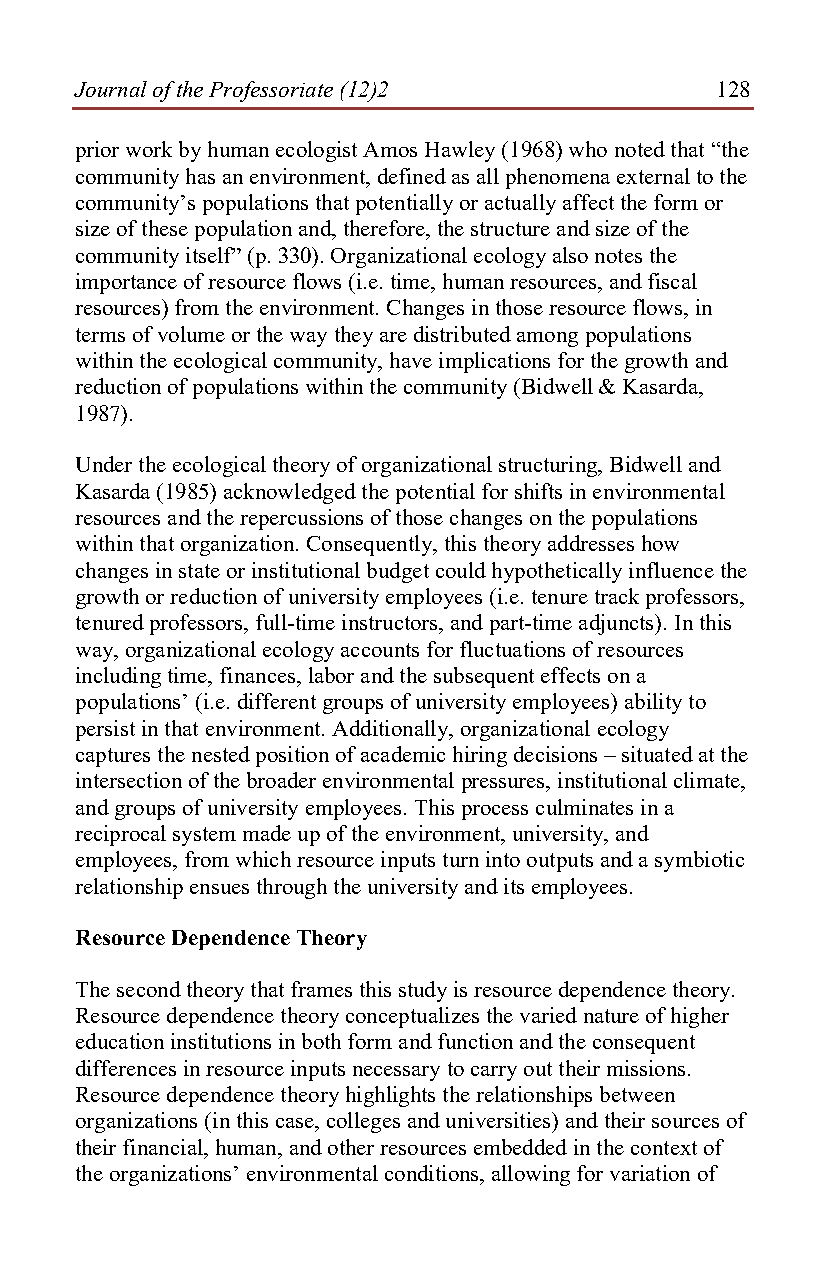
Journal of the Professoriate (12)2        128
 prior work by human ecologist Amos Hawley (1968) who noted that “the
 community has an environment, defined as all phenomena external to the
 community’s populations that potentially or actually affect the form or
 size of these population and, therefore, the structure and size of the
 community itself” (p. 330). Organizational ecology also notes the
 importance of resource flows (i.e. time, human resources, and fiscal
 resources) from the environment. Changes in those resource flows, in
 terms of volume or the way they are distributed among populations
 within the ecological community, have implications for the growth and
 reduction of populations within the community (Bidwell & Kasarda,
 1987).
 Under the ecological theory of organizational structuring, Bidwell and
 Kasarda (1985) acknowledged the potential for shifts in environmental
 resources and the repercussions of those changes on the populations
 within that organization. Consequently, this theory addresses how
 changes in state or institutional budget could hypothetically influence the
 growth or reduction of university employees (i.e. tenure track professors,
 tenured professors, full-time instructors, and part-time adjuncts). In this
 way, organizational ecology accounts for fluctuations of resources
 including time, finances, labor and the subsequent effects on a
 populations’ (i.e. different groups of university employees) ability to
 persist in that environment. Additionally, organizational ecology
 captures the nested position of academic hiring decisions – situated at the
 intersection of the broader environmental pressures, institutional climate,
 and groups of university employees. This process culminates in a
 reciprocal system made up of the environment, university, and
 employees, from which resource inputs turn into outputs and a symbiotic
 relationship ensues through the university and its employees.
 Resource Dependence Theory
 The second theory that frames this study is resource dependence theory.
 Resource dependence theory conceptualizes the varied nature of higher
 education institutions in both form and function and the consequent
 differences in resource inputs necessary to carry out their missions.
 Resource dependence theory highlights the relationships between
 organizations (in this case, colleges and universities) and their sources of
 their financial, human, and other resources embedded in the context of
 the organizations’ environmental conditions, allowing for variation of